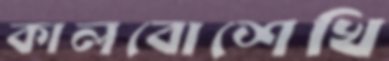
কালবোশেখি